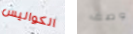
الكواليس وصف